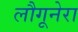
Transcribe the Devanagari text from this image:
लौगूनेरा